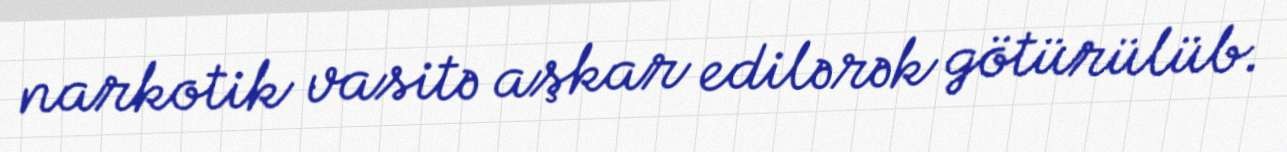
narkotik vasitə aşkar edilərək götürülüb.